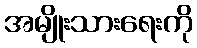
အမျိုးသားရေးကို